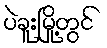
ပဲခူးမြို့တွင်